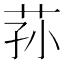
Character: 荪